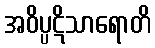
အဝိပ္ပဋိသာရောတိ